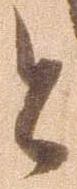
と